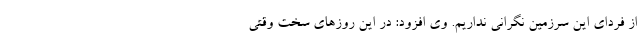
از فردای این سرزمین نگرانی نداریم. وی افزود: در این روزهای سخت وقتی